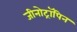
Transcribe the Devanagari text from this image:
जीनोट्रॉपिन